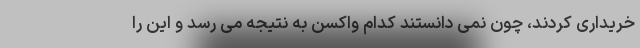
خریداری کردند، چون نمی دانستند کدام واکسن به نتیجه می رسد و این را